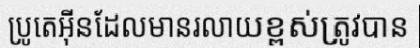
ប្រូតេអ៊ីនដែលមានរលាយខ្ពស់ត្រូវបាន